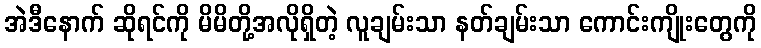
အဲဒီနောက် ဆိုရင်ကို မိမိတို့အလိုရှိတဲ့ လူချမ်းသာ နတ်ချမ်းသာ ကောင်းကျိုးတွေကို